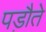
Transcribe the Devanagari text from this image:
पड़ौते